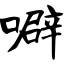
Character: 噼